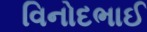
વિનોદભાઈ